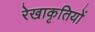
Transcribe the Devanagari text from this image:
रेखाकृतियों